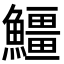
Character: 䲔